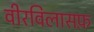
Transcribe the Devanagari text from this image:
वीरविलासफ़